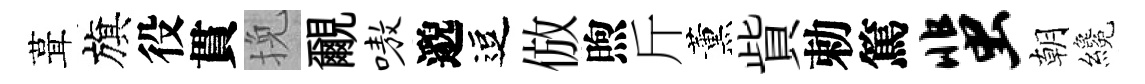
葺旗役貫挽覼嗷邈逗倣煦斤薰貲勅篤蜚朝纔